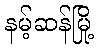
နမ့်ဆန်မြို့